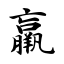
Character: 羸